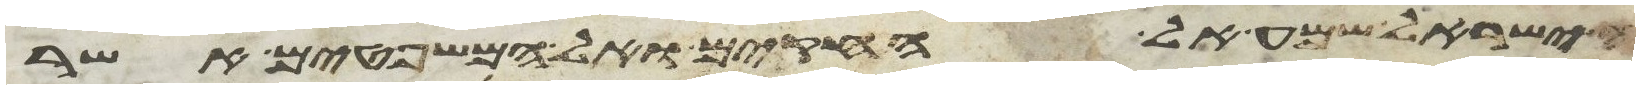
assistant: ישראל שמע אל החקים ואל המשפטים אשר